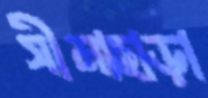
সীমাছাড়া